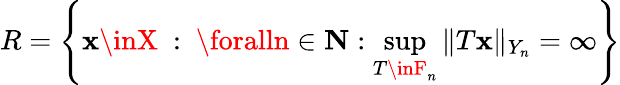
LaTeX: R=\left\{ \mathbf{x}\inX\ :\ \foralln\in\mathbf{{N}}:\sup_{T\inF_{n}}\| T\mathbf{x}\| _{Y_{n}}=\infty\right\}